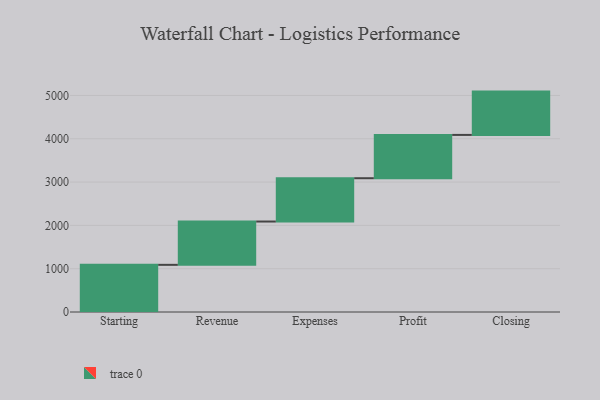
{"axis": {"x": "Step", "y": "Value"}, "legend": [""], "data": [{"x": "Starting", "y": 1089.0, "type": ""}, {"x": "Revenue", "y": 1000, "type": ""}, {"x": "Expenses", "y": 1000, "type": ""}, {"x": "Profit", "y": 1000, "type": ""}, {"x": "Closing", "y": 1000, "type": ""}]}